Leaving Certificate Examination (including Day School Certificate (Higher) General paper), 1936
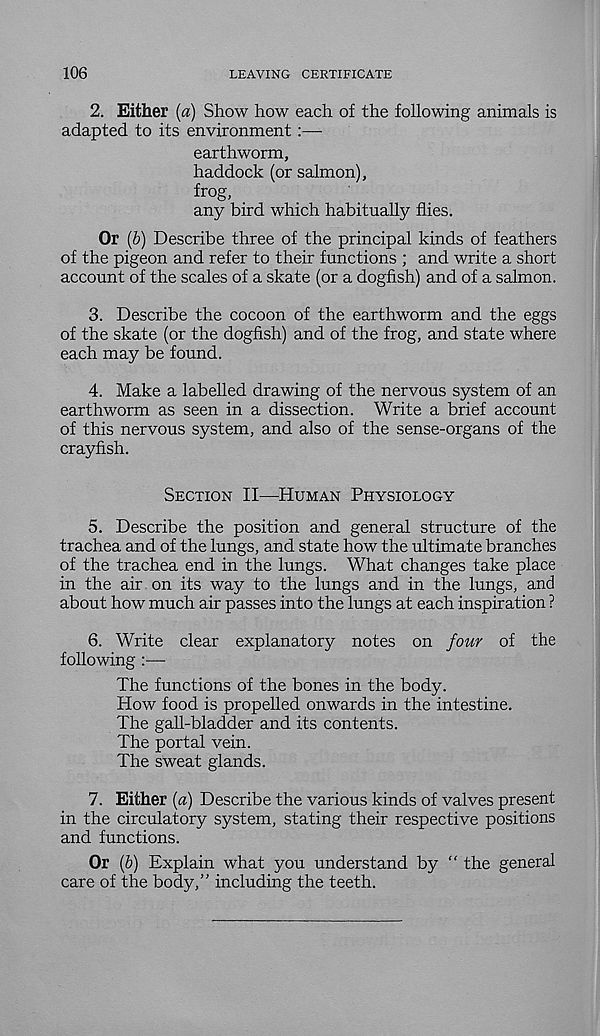
106
LEAVING CERTIFICATE
2. Either {a) Show how each of the following animals is
adapted to its environment:—■
earthworm,
haddock (or salmon),
frog,
any bird which habitually flies.
Or (b) Describe three of the principal kinds of feathers
of the pigeon and refer to their functions ; and write a short
account of the scales of a skate (or a dogfish) and of a salmon.
3. Describe the cocoon of the earthworm and the eggs
of the skate (or the dogfish) and of the frog, and state where
each may be found.
4. Make a labelled drawing of the nervous system of an
earthworm as seen in a dissection. Write a brief account
of this nervous system, and also of the sense-organs of the
crayfish.
Section II—Human Physiology
5. Describe the position and general structure of the
trachea and of the lungs, and state how the ultimate branches
of the trachea end in the lungs. What changes take place
in the air on its way to the lungs and in the lungs, and
about how much air passes into the lungs at each inspiration ?
6. Write clear explanatory notes on four of the
following :—
The functions of the bones in the body.
How food is propelled onwards in the intestine.
The gall-bladder and its contents.
The portal vein.
The sweat glands.
7. Either [a) Describe the various kinds of valves present
in the circulatory system, stating their respective positions
and functions.
Or (6) Explain what you understand by “ the general
care of the body,” including the teeth.